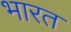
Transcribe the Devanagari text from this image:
भारत